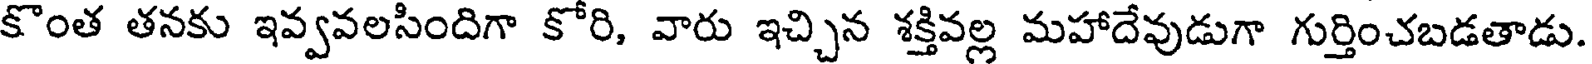
కొంత తనకు ఇవ్వవలసిందిగా కోరి, వారు ఇచ్చిన శక్తివల్ల మహాదేవుడుగా గుర్తించబడతాడు.